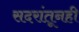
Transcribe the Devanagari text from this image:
सदरांतूनही